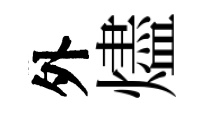
外燼